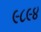
૯૮૯૪